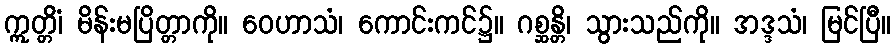
ဣတ္တိံ၊ မိန်းမပြိတ္တာကို။ ဝေဟာသံ၊ ကောင်းကင်၌။ ဂစ္ဆန္တိ၊ သွားသည်ကို။ အဒ္ဒသံ၊ မြင်ပြီ။